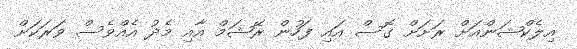
އިލެކްޝަންއަށް ރަށަށް ގޮސް އައި ފަހުން ރޭޝަމް އާއި މެދު އެއްވެސް ވަރަކަށް